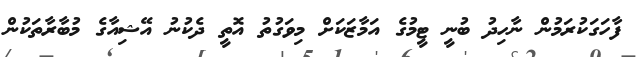
ފާހަގަކުރަމުން ނާހިދު ބުނީ ޓީމުގެ އަމާޒަކަށް މިވަގުތު އޮތީ ދެކުނު އޭޝިއާގެ މުބާރާތަކުން